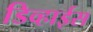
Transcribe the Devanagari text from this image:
डिव्हाईस